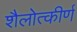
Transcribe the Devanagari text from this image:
शैलोत्कीर्ण